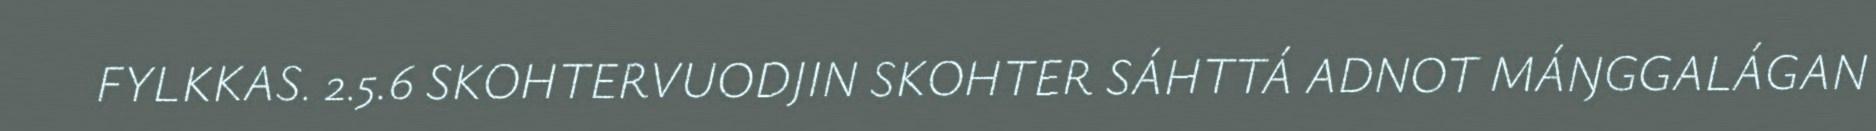
FYLKKAS. 2.5.6 SKOHTERVUODJIN SKOHTER SÁHTTÁ ADNOT MÁŊGGALÁGAN